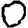
Digit: 0